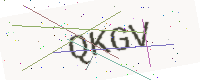
Text: QKGV